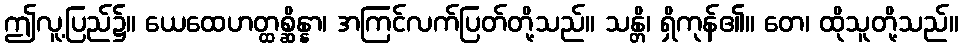
ဤလူ့ပြည်၌။ ယေထေဟတ္ထစ္ဆိန္နာ၊ အကြင်လက်ပြတ်တို့သည်။ သန္တိ၊ ရှိကုန်၏။ တေ၊ ထိုသူတို့သည်။